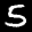
Label: 5